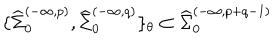
LaTeX: \{ { \widehat \Sigma } _ { 0 } ^ { ( - \infty , p ) } , { \widehat \Sigma } _ { 0 } ^ { ( - \infty , q ) } \} _ { \theta } \subset { \widehat \Sigma } _ { 0 } ^ { ( - \infty , p + q - 1 ) }